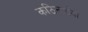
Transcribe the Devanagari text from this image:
कठिनाईयो